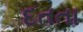
દતતા